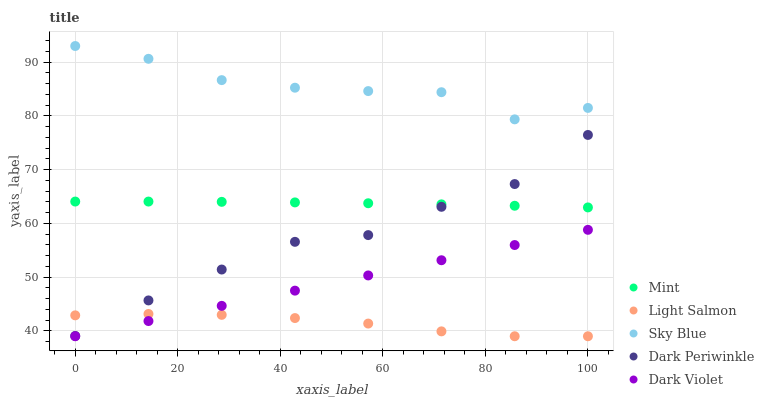
| xaxis_label | Mint | Light Salmon | Sky Blue | Dark Periwinkle | Dark Violet |
 | --- | --- | --- | --- | --- | --- |
 | 0 | 64.1 | 42.9 | 93 | 39.1 | 39 |
 | 14.3 | 64.1 | 43.1 | 90.6 | 45.7 | 41.8 |
 | 28.6 | 64 | 43 | 86.7 | 51.4 | 44.7 |
 | 42.9 | 63.9 | 42.4 | 85.2 | 56.6 | 47.5 |
 | 57.1 | 63.7 | 41.4 | 84.6 | 57.8 | 50.3 |
 | 71.4 | 63.5 | 39.9 | 84.4 | 63.1 | 53.1 |
 | 85.7 | 63.3 | 39 | 79.4 | 67.3 | 56 |
 | 100 | 63 | 39 | 81.5 | 76.5 | 58.8 |